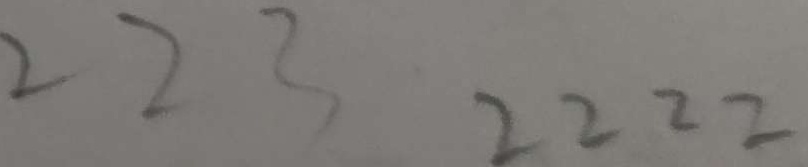
2 2 3 2 2 2 2